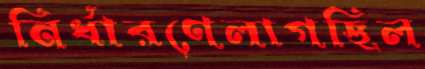
নির্ধারণেলাগছিল